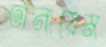
তানায়েম